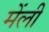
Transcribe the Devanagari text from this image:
मेंली